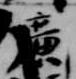
広